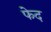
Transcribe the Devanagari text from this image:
फेद